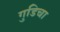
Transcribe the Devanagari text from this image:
गुडिचा